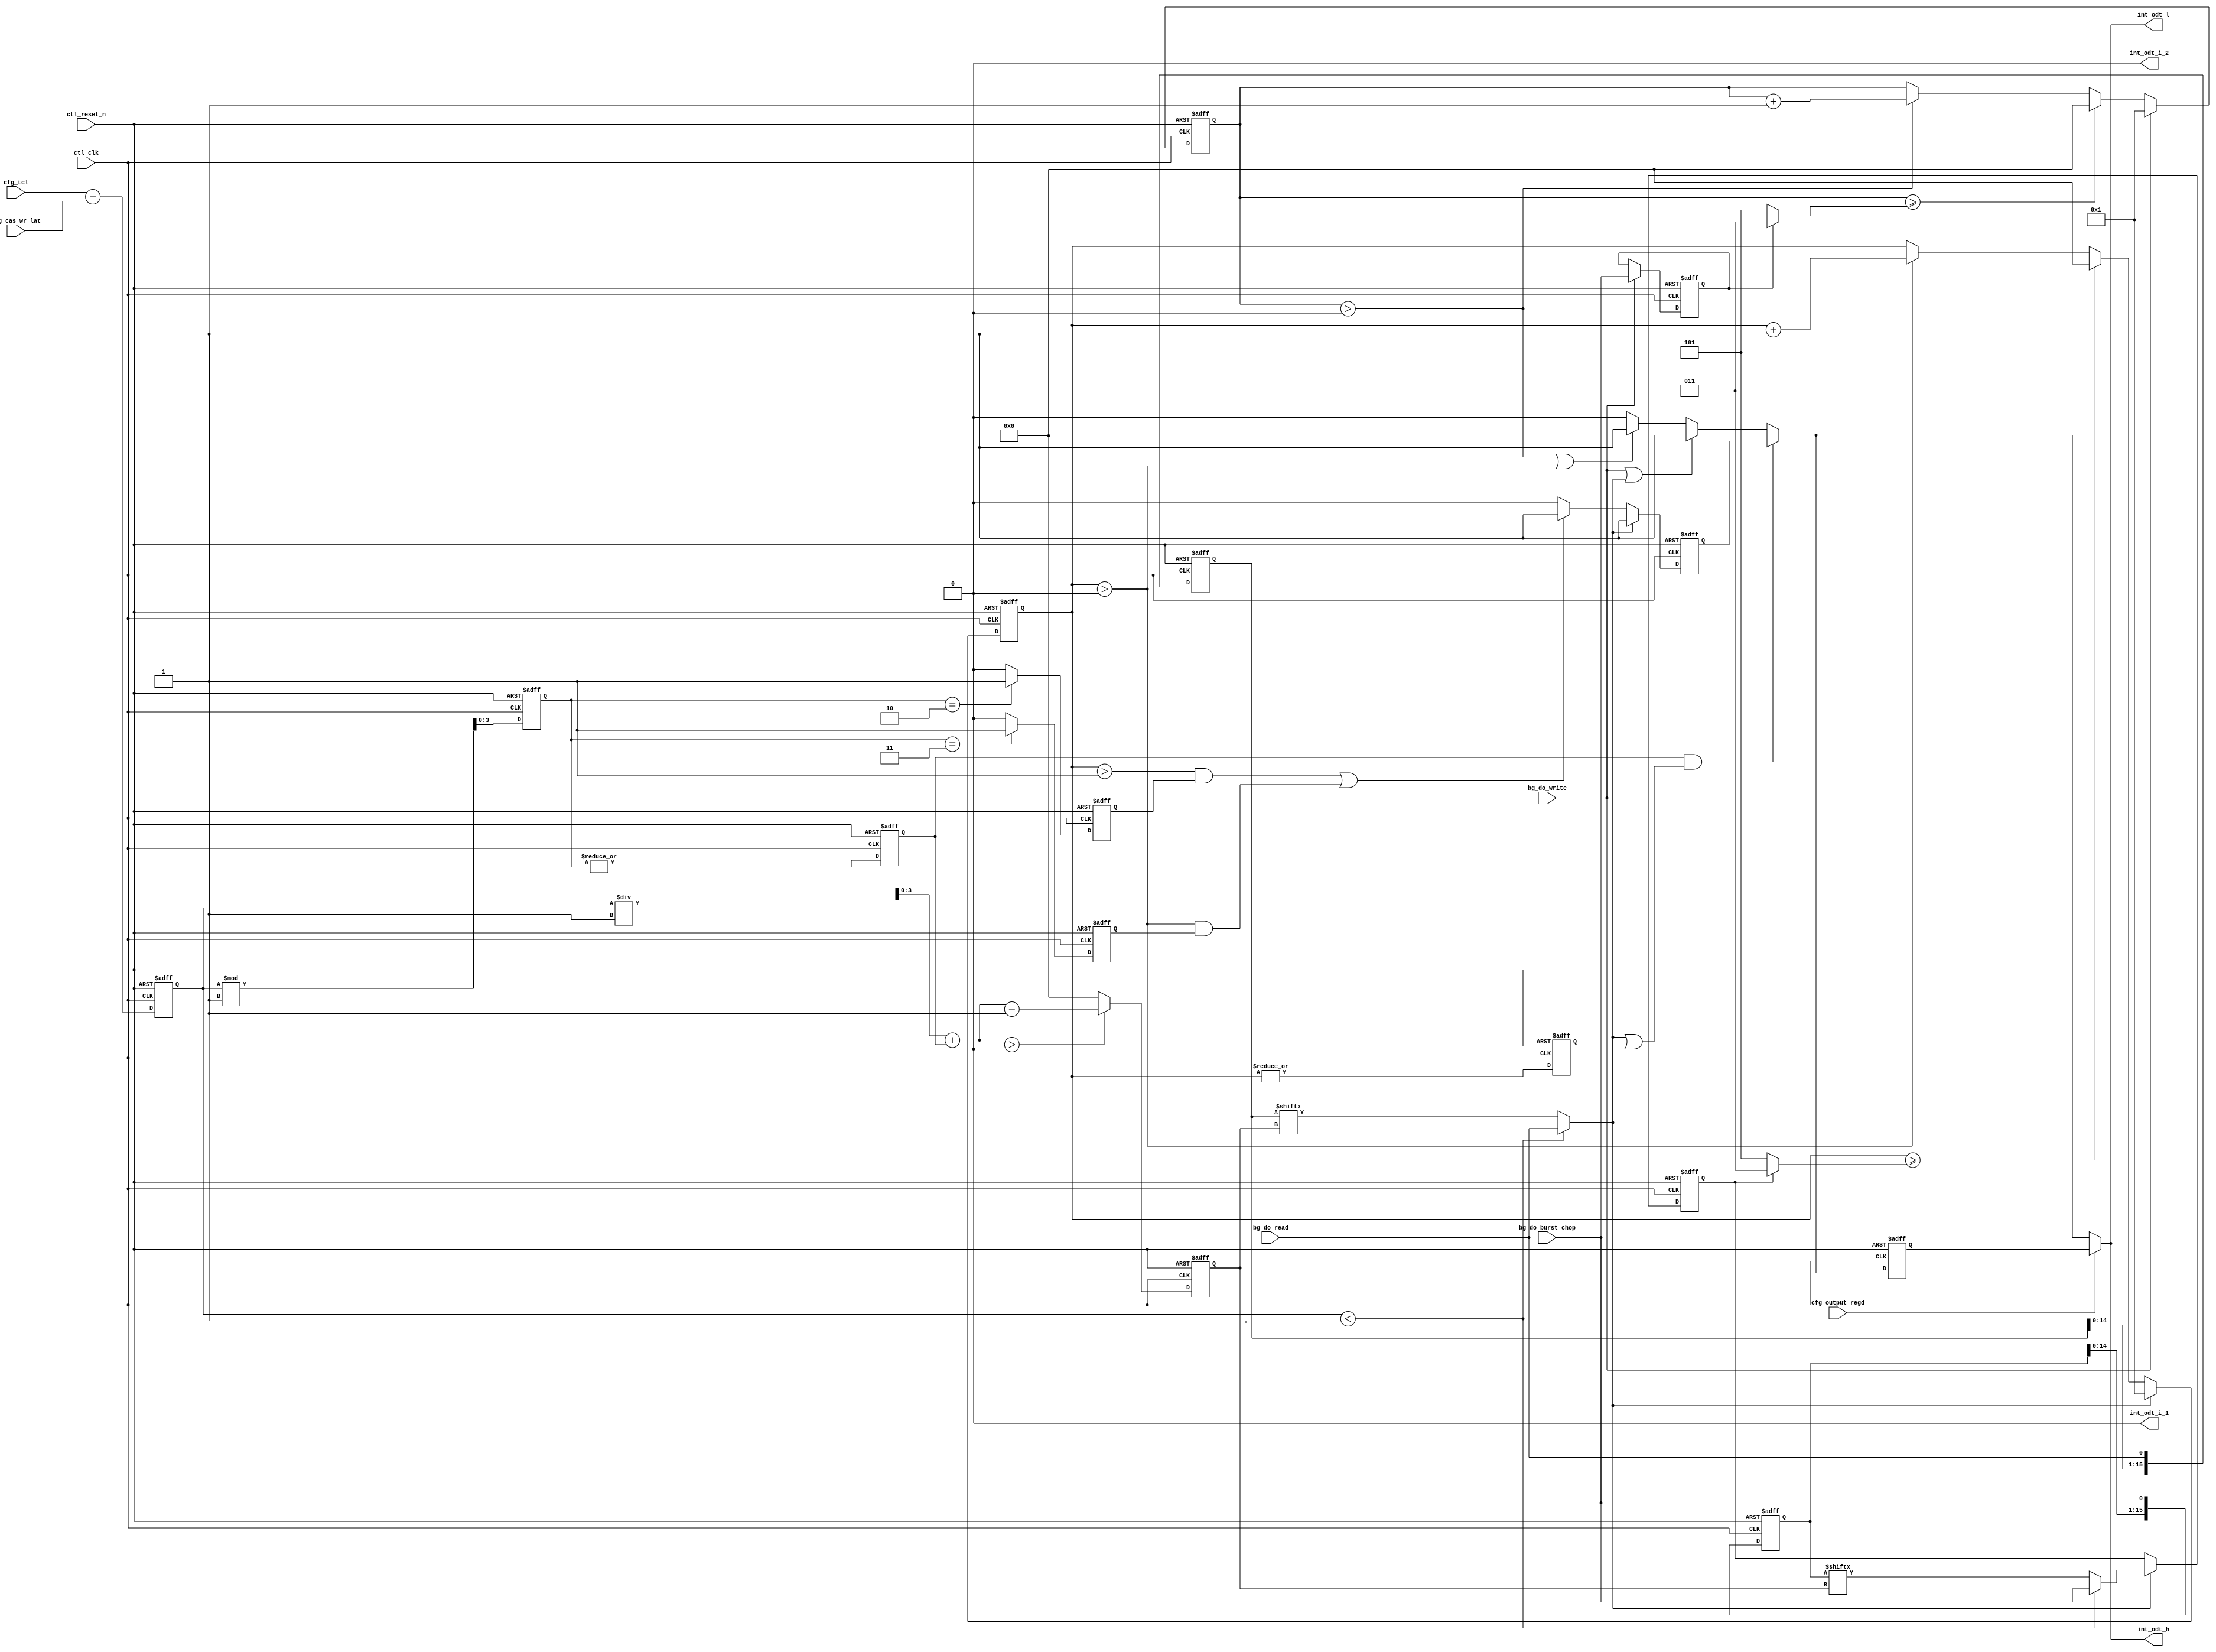

//altera message_off 10036 10230

`timescale 1 ps / 1 ps
module alt_mem_ddrx_ddr3_odt_gen
    # (parameter
        CFG_DWIDTH_RATIO             =   2,
        CFG_PORT_WIDTH_OUTPUT_REGD   =   1,
        CFG_PORT_WIDTH_TCL           =   4,
        CFG_PORT_WIDTH_CAS_WR_LAT    =   4
    )
    (
        ctl_clk,
        ctl_reset_n,
        cfg_tcl,
        cfg_cas_wr_lat,
        cfg_output_regd,
        bg_do_write,
        bg_do_read,
        bg_do_burst_chop,
        int_odt_l,
        int_odt_h,
        int_odt_i_1,
        int_odt_i_2
    );
    
    localparam  integer CFG_TCL_PIPE_LENGTH =   2**CFG_PORT_WIDTH_TCL;
    //=================================================================================================//
    //        DDR3 ODT timing parameters                                                               //
    //=================================================================================================//
    
    localparam integer    CFG_ODTH8             = 6; //Indicates No. of cycles ODT signal should stay high
    localparam integer    CFG_ODTH4             = 4; //Indicates No. of cycles ODT signal should stay high
    localparam integer    CFG_ODTPIPE_THRESHOLD = CFG_DWIDTH_RATIO / 2;
    // AL also applies to ODT signal so ODT logic is AL agnostic
    // also regdimm because ODT is registered too
    // ODTLon = CWL + AL - 2
    // ODTLoff = CWL + AL - 2
    
    //=================================================================================================//
    //        input/output declaration                                                                 //
    //=================================================================================================//
    
    input   ctl_clk;
    input   ctl_reset_n;
    input   [CFG_PORT_WIDTH_TCL-1:0]         cfg_tcl;
    input   [CFG_PORT_WIDTH_CAS_WR_LAT-1:0]  cfg_cas_wr_lat;
    input   [CFG_PORT_WIDTH_OUTPUT_REGD-1:0] cfg_output_regd;
    input   bg_do_write;
    input   bg_do_read;
    input   bg_do_burst_chop;
    output  int_odt_l;
    output  int_odt_h;
    output  int_odt_i_1;
    output  int_odt_i_2;
    
    //=================================================================================================//
    //        reg/wire declaration                                                                     //
    //=================================================================================================//
    
    wire    bg_do_write;
    reg     int_do_read;
    reg     int_do_write_burst_chop;
    reg     int_do_read_burst_chop;
    reg     int_do_read_burst_chop_c;
    reg     do_read_r;
    
    wire [3:0]  diff_unreg;                 // difference between CL and CWL
    reg  [3:0]  diff;
    wire [3:0]  diff_modulo_unreg;
    reg  [3:0]  diff_modulo;
    wire [3:0]  sel_do_read_pipe_unreg;
    reg  [3:0]  sel_do_read_pipe;
    reg         diff_modulo_not_zero;
    reg         diff_modulo_one;
    reg         diff_modulo_two;
    reg         diff_modulo_three;
    
    reg     int_odt_l_int;
    reg     int_odt_l_int_r1;
    reg     int_odt_l_int_r2;
    
    reg     premux_odt_h;
    reg     premux_odt_h_r;
    reg     int_odt_h_int;
    reg     int_odt_h_int_r1;
    reg     int_odt_h_int_r2;
    
    reg     int_odt_i_1_int;
    reg     int_odt_i_2_int;
    reg     int_odt_i_1_int_r1;
    reg     int_odt_i_2_int_r1;
    reg     int_odt_i_1_int_r2;
    reg     int_odt_i_2_int_r2;
    
    wire    int_odt_l;
    wire    int_odt_h;
    wire    int_odt_i_1;
    wire    int_odt_i_2;
    reg  [3:0]   doing_write_count;
    reg  [3:0]   doing_read_count;
    wire         doing_read_count_not_zero;
    reg          doing_read_count_not_zero_r;
    wire [3:0]   doing_write_count_limit;
    wire [3:0]   doing_read_count_limit;
   
    reg [CFG_TCL_PIPE_LENGTH        -1:0]   do_read_pipe;
    reg [CFG_TCL_PIPE_LENGTH        -1:0]   do_burst_chop_pipe;

    //=================================================================================================//
    //        Define ODT pulse width during READ operation                                             //
    //=================================================================================================//
    
    //ODTLon/ODTLoff are calculated based on CWL, Below logic is to compensate for that timing during read, Needs to delay ODT signal by cfg_tcl - cfg_cas_wr_lat
    
    assign  diff_unreg              = cfg_tcl - cfg_cas_wr_lat;
    assign  diff_modulo_unreg       = (diff % CFG_ODTPIPE_THRESHOLD); 
    assign  sel_do_read_pipe_unreg  = (diff / CFG_ODTPIPE_THRESHOLD) + diff_modulo_not_zero;
    //assign  diff_modulo_not_zero    = (|diff_modulo);
    //assign sel_do_read_pipe = diff - CFG_ODTPIPE_THRESHOLD;
    
    always @(posedge ctl_clk, negedge ctl_reset_n)
        begin
            if (!ctl_reset_n)
                begin 
                    diff                <= 0; 
                    diff_modulo         <= 0;
                    sel_do_read_pipe    <= 0;
                end
            else
                begin 
                    diff                <= diff_unreg; 
                    diff_modulo         <= diff_modulo_unreg;
                    sel_do_read_pipe    <= (sel_do_read_pipe_unreg > 0) ? (sel_do_read_pipe_unreg - 1'b1) : 0;
                end
        end
    
    always @ (posedge ctl_clk or negedge ctl_reset_n)
        begin
            if (!ctl_reset_n)
                begin
                    diff_modulo_not_zero <= 1'b0;
                    diff_modulo_one      <= 1'b0;
                    diff_modulo_two      <= 1'b0;
                    diff_modulo_three    <= 1'b0;
                end
            else
                begin
                    diff_modulo_not_zero <= |diff_modulo;
                    diff_modulo_one      <= (diff_modulo == 1) ? 1'b1 : 1'b0;
                    diff_modulo_two      <= (diff_modulo == 2) ? 1'b1 : 1'b0;
                    diff_modulo_three    <= (diff_modulo == 3) ? 1'b1 : 1'b0;
                end
        end

    always @ (*) 
        begin
            int_do_read              = (diff < CFG_ODTPIPE_THRESHOLD) ? bg_do_read       : do_read_pipe       [sel_do_read_pipe] ;
            int_do_read_burst_chop_c = (diff < CFG_ODTPIPE_THRESHOLD) ? bg_do_burst_chop : do_burst_chop_pipe [sel_do_read_pipe] ;
        end

    always @ (posedge ctl_clk or negedge ctl_reset_n) 
        begin
            if (~ctl_reset_n)
                begin
                    int_do_read_burst_chop <= 1'b0;
                end
            else
                begin
                    if (int_do_read)
                        begin
                            int_do_read_burst_chop <= int_do_read_burst_chop_c;
                        end
                end
        end
    
    always @(posedge ctl_clk, negedge ctl_reset_n)
        begin
            if (!ctl_reset_n)
                begin
                    do_read_pipe <= 0;
                end
            else
                begin
                    do_read_pipe[CFG_TCL_PIPE_LENGTH-1:0] <= {do_read_pipe[CFG_TCL_PIPE_LENGTH-2:0], bg_do_read};
                end
        end

    always @(posedge ctl_clk, negedge ctl_reset_n)
        begin
            if (!ctl_reset_n)
                begin
                    do_burst_chop_pipe <= 0;
                end
            else
                begin
                    do_burst_chop_pipe[CFG_TCL_PIPE_LENGTH-1:0] <= {do_burst_chop_pipe[CFG_TCL_PIPE_LENGTH-2:0], bg_do_burst_chop};
                end
        end
    
    assign doing_read_count_limit    = int_do_read_burst_chop ? ((CFG_ODTH4 / (CFG_DWIDTH_RATIO / 2)) - 1) : ((CFG_ODTH8 / (CFG_DWIDTH_RATIO / 2)) - 1);
    assign doing_read_count_not_zero = (|doing_read_count);
    
    always @(posedge ctl_clk, negedge ctl_reset_n)
        begin
            if (!ctl_reset_n)
                begin
                    doing_read_count <= 0;
                end
            else
                begin
                    if (int_do_read)
                        begin
                            doing_read_count <= 1;
                        end
                    else if (doing_read_count >= doing_read_count_limit)
                        begin
                            doing_read_count <= 0;
                        end
                    else if (doing_read_count > 0)
                        begin
                            doing_read_count <= doing_read_count + 1'b1;
                        end
                end
        end
    
    always @ (posedge ctl_clk or negedge ctl_reset_n)
        begin
            if (~ctl_reset_n)
                begin
                    doing_read_count_not_zero_r <= 1'b0;
                end
            else
                begin
                    doing_read_count_not_zero_r <= doing_read_count_not_zero;
                end
        end

    //=================================================================================================//
    //        Define ODT pulse width during WRITE operation                                            //
    //=================================================================================================//

    always @ (posedge ctl_clk or negedge ctl_reset_n) 
        begin
            if (~ctl_reset_n)
                begin
                    int_do_write_burst_chop <= 1'b0;
                end
            else
                begin
                    if (bg_do_write)
                        begin
                            int_do_write_burst_chop <= bg_do_burst_chop;
                        end
                end
        end

    assign doing_write_count_limit = int_do_write_burst_chop ? ((CFG_ODTH4 / (CFG_DWIDTH_RATIO / 2)) - 1) : ((CFG_ODTH8 / (CFG_DWIDTH_RATIO / 2)) - 1);
    
    always @(posedge ctl_clk, negedge ctl_reset_n)
        begin
            if (!ctl_reset_n)
                begin
                    doing_write_count <= 0;
                end
            else
                begin
                    if (bg_do_write)
                        begin
                            doing_write_count <= 1;
                        end
                    else if (doing_write_count >= doing_write_count_limit)
                        begin
                            doing_write_count <= 0;
                        end
                    else if (doing_write_count > 0)
                        begin
                            doing_write_count <= doing_write_count + 1'b1;
                        end
            end
        end
    
    //=================================================================================================//
    //        ODT signal generation block                                                              //
    //=================================================================================================//
    
    always @ (*)
        begin
            if (bg_do_write || int_do_read)
                begin
                    premux_odt_h = 1'b1;
                end
            else if (doing_write_count > 0 || doing_read_count > 0)
                begin
                    premux_odt_h = 1'b1;
                end
            else
                begin
                    premux_odt_h = 1'b0;
                end
        end
  
    always @ (posedge ctl_clk or negedge ctl_reset_n) 
        begin
            if (~ctl_reset_n)
                begin
                    premux_odt_h_r  <= 1'b0;
                end
            else
                begin
                    if (int_do_read)
                        begin
                            premux_odt_h_r <= 1'b1;
                        end
                    else if ((doing_read_count > 1 && ((diff_modulo_one && CFG_ODTPIPE_THRESHOLD == 4) || diff_modulo_two)) || (doing_read_count > 0 && ((diff_modulo_one && CFG_ODTPIPE_THRESHOLD == 2) || diff_modulo_three)))
                        begin
                            premux_odt_h_r <= 1'b1;
                        end
                    else
                        begin
                            premux_odt_h_r <= 1'b0;
                        end
                end
        end

    always @ (*)
        begin
            if (diff_modulo_not_zero & (int_do_read|doing_read_count_not_zero_r))
                begin
                    int_odt_h_int = premux_odt_h_r;
                end
            else // write, read with normal odt
                begin 
                    int_odt_h_int = premux_odt_h;
                end
        end

    always @ (posedge ctl_clk or negedge ctl_reset_n)
        begin
            if (!ctl_reset_n)
                begin
                    int_odt_l_int <= 1'b0;
                end
            else
                begin
                    if (bg_do_write || (int_do_read && !diff_modulo_two && !diff_modulo_three))
                        begin
                            int_odt_l_int <= 1'b1;
                        end
                    else if (doing_write_count > 0 || doing_read_count > 0)
                        begin
                            int_odt_l_int <= 1'b1;
                        end
                    else
                        begin
                            int_odt_l_int <= 1'b0;
                        end
                end
        end
    
    always @ (posedge ctl_clk or negedge ctl_reset_n)
        begin
            if (!ctl_reset_n)
                begin
                    int_odt_i_1_int <= 1'b0;
                end
            else
                begin
                    if (bg_do_write || int_do_read)
                        begin
                            int_odt_i_1_int <= 1'b1;
                        end
                    else if (doing_write_count > 1 || (doing_read_count > 1 && !diff_modulo_not_zero) || (doing_read_count > 0 && diff_modulo_not_zero))
                        begin
                            int_odt_i_1_int <= 1'b1;
                        end
                    else
                        begin
                            int_odt_i_1_int <= 1'b0;
                        end
                end
        end
    
    always @ (posedge ctl_clk or negedge ctl_reset_n)
        begin
            if (!ctl_reset_n)
                begin
                    int_odt_i_2_int <= 1'b0;
                end
            else
                begin
                    if (bg_do_write || int_do_read)
                        begin
                            int_odt_i_2_int <= 1'b1;
                        end
                    else if (doing_write_count > 1 || (doing_read_count > 1 && (!diff_modulo_not_zero || diff_modulo_one)) || (doing_read_count > 0 && (diff_modulo_two || diff_modulo_three)))
                        begin
                            int_odt_i_2_int <= 1'b1;
                        end
                    else
                        begin
                            int_odt_i_2_int <= 1'b0;
                        end
                end
        end
    
    //Generate registered output
    always @ (posedge ctl_clk or negedge ctl_reset_n)
        begin
            if (!ctl_reset_n)
                begin
                    int_odt_h_int_r1   <= 1'b0;
                    int_odt_l_int_r1   <= 1'b0;
                    int_odt_i_1_int_r1 <= 1'b0;
                    int_odt_i_2_int_r1 <= 1'b0;
                    
                    int_odt_h_int_r2   <= 1'b0;
                    int_odt_l_int_r2   <= 1'b0;
                    int_odt_i_1_int_r2 <= 1'b0;
                    int_odt_i_2_int_r2 <= 1'b0;
                end
            else
                begin
                    int_odt_h_int_r1   <= int_odt_h_int;
                    int_odt_l_int_r1   <= int_odt_l_int;
                    int_odt_i_1_int_r1 <= int_odt_i_1_int;
                    int_odt_i_2_int_r1 <= int_odt_i_2_int;
                    
                    int_odt_h_int_r2   <= int_odt_h_int_r1;
                    int_odt_l_int_r2   <= int_odt_l_int_r1;
                    int_odt_i_1_int_r2 <= int_odt_i_1_int_r1;
                    int_odt_i_2_int_r2 <= int_odt_i_2_int_r1;
                end
        end
    
    generate
        if (CFG_DWIDTH_RATIO == 2) // full rate
            begin
                assign  int_odt_h   = (cfg_output_regd == 2) ? int_odt_h_int_r2 : ((cfg_output_regd == 1) ? int_odt_h_int_r1 : int_odt_h_int);
                assign  int_odt_l   = (cfg_output_regd == 2) ? int_odt_h_int_r2 : ((cfg_output_regd == 1) ? int_odt_h_int_r1 : int_odt_h_int);
                assign  int_odt_i_1 = 1'b0;
                assign  int_odt_i_2 = 1'b0;
            end
        else if (CFG_DWIDTH_RATIO == 4) // half rate
            begin
                assign  int_odt_h   = (cfg_output_regd == 2) ? int_odt_h_int_r2 : ((cfg_output_regd == 1) ? int_odt_h_int_r1 : int_odt_h_int);
                assign  int_odt_l   = (cfg_output_regd == 2) ? int_odt_l_int_r2 : ((cfg_output_regd == 1) ? int_odt_l_int_r1 : int_odt_l_int);
                assign  int_odt_i_1 = 1'b0;
                assign  int_odt_i_2 = 1'b0;
            end
        else if (CFG_DWIDTH_RATIO == 8) // quarter rate
            begin
                assign  int_odt_h   = (cfg_output_regd == 2) ? int_odt_h_int_r2   : ((cfg_output_regd == 1) ? int_odt_h_int_r1   : int_odt_h_int  );
                assign  int_odt_l   = (cfg_output_regd == 2) ? int_odt_l_int_r2   : ((cfg_output_regd == 1) ? int_odt_l_int_r1   : int_odt_l_int  );
                assign  int_odt_i_1 = (cfg_output_regd == 2) ? int_odt_i_1_int_r2 : ((cfg_output_regd == 1) ? int_odt_i_1_int_r1 : int_odt_i_1_int);
                assign  int_odt_i_2 = (cfg_output_regd == 2) ? int_odt_i_2_int_r2 : ((cfg_output_regd == 1) ? int_odt_i_2_int_r1 : int_odt_i_2_int);
            end
    endgenerate
    
endmodule